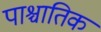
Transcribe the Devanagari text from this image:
पाश्चातिक